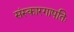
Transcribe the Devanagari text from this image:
संस्कारगापतिः